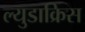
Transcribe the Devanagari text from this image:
ल्युडाक्रिस